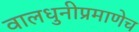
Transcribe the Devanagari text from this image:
वालधुनीप्रमाणेच